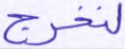
لنخرج